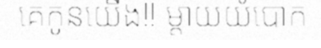
គេកូនយើង!! ម្តាយយំបោក